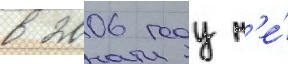
в 2006 году н'е́